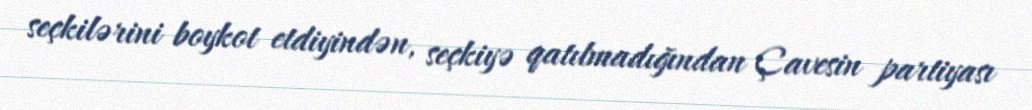
seçkilərini boykot etdiyindən, seçkiyə qatılmadığından Çavesin partiyası